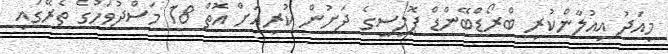
މިއަދު އިއުލާންކުރި ބްރޯޑްބޭންޑް ޕޮލިސީގެ ދަށުން ކުރިއަށް އޮތް 18 މަސްދުވަހުގެ ތެރޭގައި